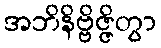
အဘိနိဗ္ဗိဇ္ဇိတွာ